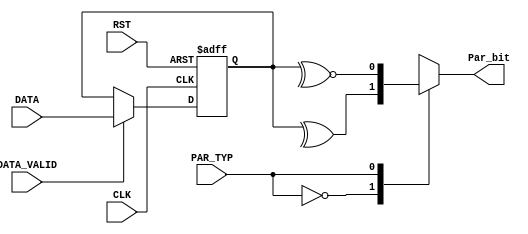
module parity_calc #(parameter WIDTH = 8)
(
    input   wire                        RST,
    input   wire                        CLK,
    input   wire    [WIDTH - 1 : 0]     DATA,
    input   wire                        DATA_VALID,
    input   wire                        PAR_TYP,
    output  reg                         Par_bit
);
    reg [WIDTH - 1 : 0] SAMPLED_DATA;
    //PAR_TYP = 0 -> Even (XOR)
    //PAR_TYP = 1 -> ODD  (XNOR)
    always @(*)
        begin
            case(PAR_TYP)
                1'b0:   Par_bit =  ^SAMPLED_DATA;
                1'b1:   Par_bit = ~^SAMPLED_DATA;
            endcase
        end

    always @(posedge CLK, negedge RST) begin
        if (!RST) begin
            SAMPLED_DATA = 'b0;
        end
        else if(DATA_VALID)
            begin
                SAMPLED_DATA = DATA;
            end
        else
            begin
                SAMPLED_DATA = SAMPLED_DATA;
            end
    end




endmodule